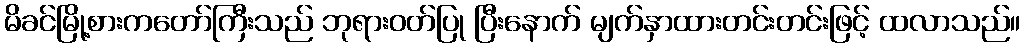
မိခင်မြို့စားကတော်ကြီးသည် ဘုရားဝတ်ပြု ပြီးနောက် မျက်နှာထားတင်းတင်းဖြင့် ထလာသည်။